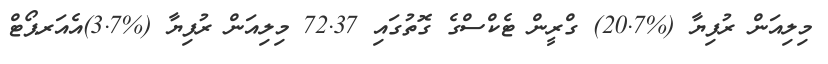
މިލިއަން ރުފިޔާ (%20.7) ގްރީން ޓެކްސްގެ ގޮތުގައި 72.37 މިލިއަން ރުފިޔާ (%3.7)އެއަރޕޯޓް